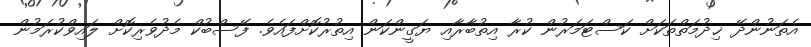
އެތަނުންދޭ ޚިދުމަތްތަކަށް ކަސްޓަމަރުން ކުރާ އިތުބާރާއި ޔަގީންކަން އިތުރުކޮށްފައެވެ. ފޭސްބުކް މެދުވެރިކޮށް ލައިވްކުރަމުން